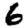
Digit: 6